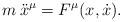
LaTeX: \begin{align*}m \: \ddot x^\mu = F^\mu (x,\dot x).\end{align*}